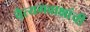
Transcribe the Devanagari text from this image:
चैत्यगवाक्षांची